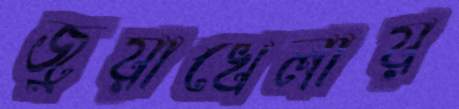
জুয়াখেলায়